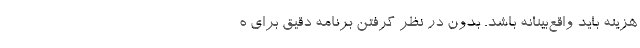
هزینه باید واقع‌بینانه باشد. بدون در نظر گرفتن برنامه دقیق برای ه